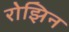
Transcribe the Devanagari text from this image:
रोझिन